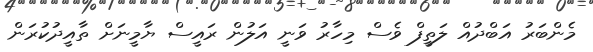
މެންބަރު އަބްދުއް ލަތީފް ވެސް މިހާރު ވަނީ އަލުން ރައީސް ޔާމީނަށް ތާއީދުކުރަން